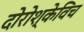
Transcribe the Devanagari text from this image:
दोरोश्केविच